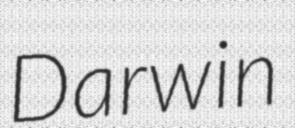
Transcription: Darwin